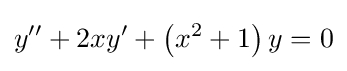
y''+2xy'+\left(x^{2}+1\right)y=0